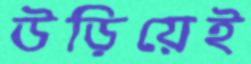
উড়িয়েই